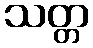
သတ္တ